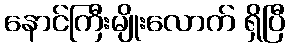
နောင်ကြီးမျိုးလောက် ရှိပြီ